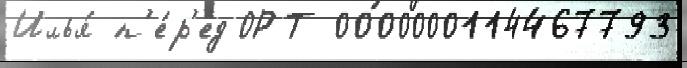
Илья́ п'е́р'ед ОРТ 0000000114467793